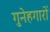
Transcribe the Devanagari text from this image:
गुनेहगारों